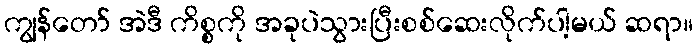
ကျွန်တော် အဲဒီ ကိစ္စကို အခုပဲသွားပြီးစစ်ဆေးလိုက်ပါ့မယ် ဆရာ။